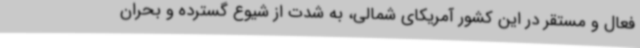
فعال و مستقر در این کشور آمریکای شمالی، به شدت از شیوع گسترده و بحران